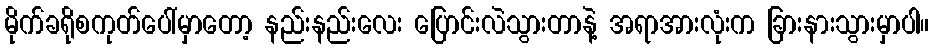
မိုက်ခရိုစကုတ်ပေါ်မှာတော့ နည်းနည်းလေး ပြောင်းလဲသွားတာနဲ့ အရာအားလုံးက ခြားနားသွားမှာပါ။